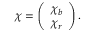
\chi = \left( \begin{array} { c } { \chi _ { b } } \\ { \chi _ { r } } \end{array} \right) .